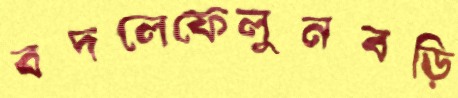
বদলেফেলুনবড়ি